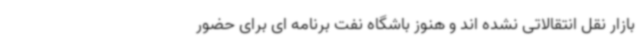
بازار نقل انتقالاتی نشده اند و هنوز باشگاه نفت برنامه ای برای حضور